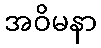
အဝိမနာ